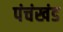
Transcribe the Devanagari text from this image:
पंचंखंड